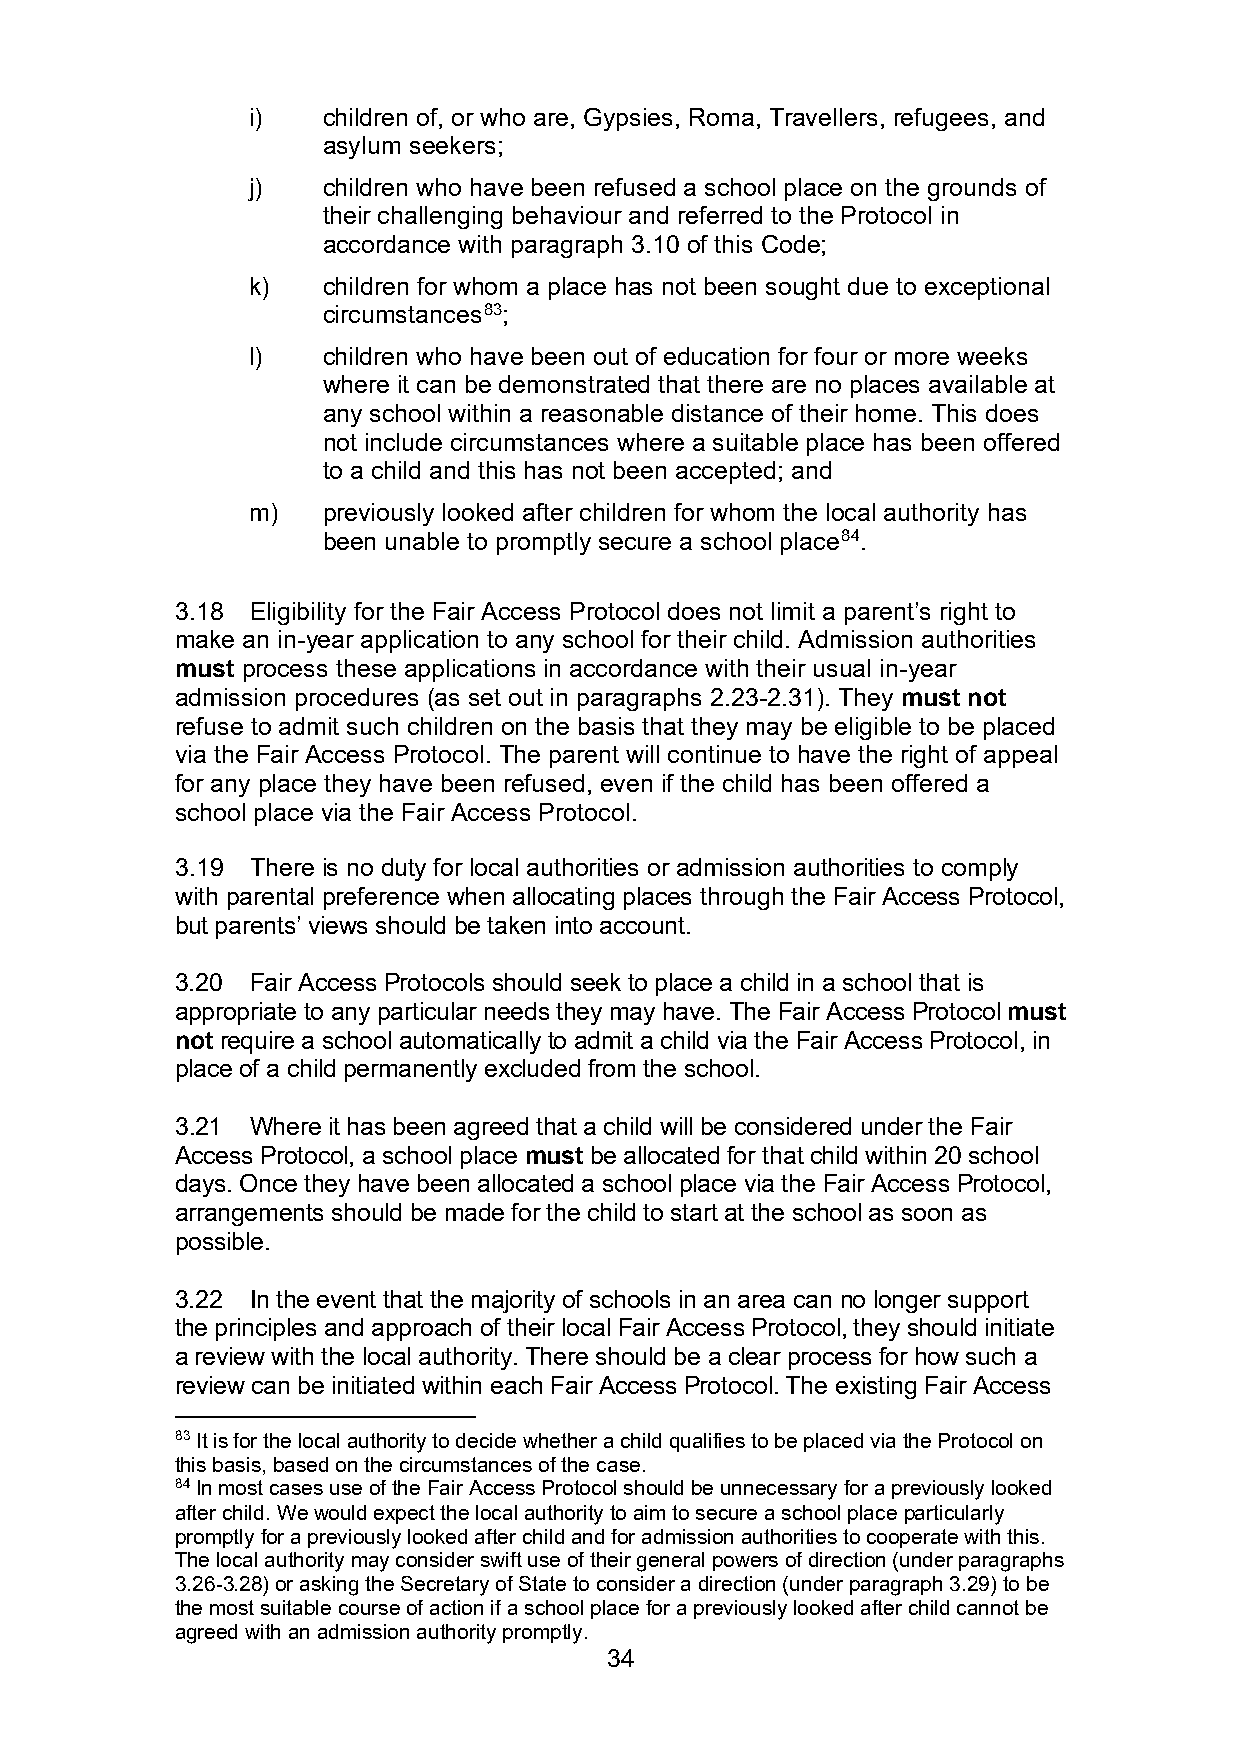
i)   children of, or who are, Gypsies, Roma, Travellers, refugees, and
 asylum seekers;
 j)   children who have been refused a school place on the grounds of
 their challenging behaviour and referred to the Protocol in
 accordance with paragraph 3.10 of this Code;
 k)   children for whom a place has not been sought due to exceptional
 circumstances83;
 l)   children who have been out of education for four or more weeks
 where it can be demonstrated that there are no places available at
 any school within a reasonable distance of their home. This does
 not include circumstances where a suitable place has been offered
 to a child and this has not been accepted; and
 m)   previously looked after children for whom the local authority has
 been unable to promptly secure a school place84.
 3.18 Eligibility for the Fair Access Protocol does not limit a parent’s right to
 make an in-year application to any school for their child. Admission authorities
 must process these applications in accordance with their usual in-year
 admission procedures (as set out in paragraphs 2.23-2.31). They must not
 refuse to admit such children on the basis that they may be eligible to be placed
 via the Fair Access Protocol. The parent will continue to have the right of appeal
 for any place they have been refused, even if the child has been offered a
 school place via the Fair Access Protocol.
 3.19 There is no duty for local authorities or admission authorities to comply
 with parental preference when allocating places through the Fair Access Protocol,
 but parents’ views should be taken into account.
 3.20 Fair Access Protocols should seek to place a child in a school that is
 appropriate to any particular needs they may have. The Fair Access Protocol must
 not require a school automatically to admit a child via the Fair Access Protocol, in
 place of a child permanently excluded from the school.
 3.21 Where it has been agreed that a child will be considered under the Fair
 Access Protocol, a school place must be allocated for that child within 20 school
 days. Once they have been allocated a school place via the Fair Access Protocol,
 arrangements should be made for the child to start at the school as soon as
 possible.
 3.22 In the event that the majority of schools in an area can no longer support
 the principles and approach of their local Fair Access Protocol, they should initiate
 a review with the local authority. There should be a clear process for how such a
 review can be initiated within each Fair Access Protocol. The existing Fair Access
 83 It is for the local authority to decide whether a child qualifies to be placed via the Protocol on
 this basis, based on the circumstances of the case.
 84 In most cases use of the Fair Access Protocol should be unnecessary for a previously looked
 after child. We would expect the local authority to aim to secure a school place particularly
 promptly for a previously looked after child and for admission authorities to cooperate with this.
 The local authority may consider swift use of their general powers of direction (under paragraphs
 3.26-3.28) or asking the Secretary of State to consider a direction (under paragraph 3.29) to be
 the most suitable course of action if a school place for a previously looked after child cannot be
 agreed with an admission authority promptly.
 34